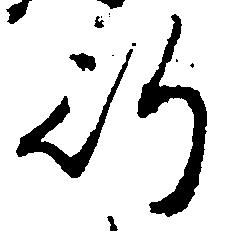
行